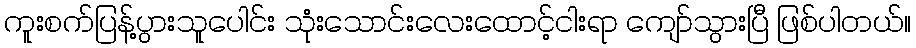
ကူးစက်ပြန့်ပွားသူပေါင်း သုံးသောင်းလေးထောင့်ငါးရာ ကျော်သွားပြီ ဖြစ်ပါတယ်။